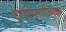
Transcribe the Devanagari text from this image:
एण्डोप्लाज्मिक